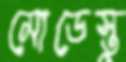
মোডেস্তু